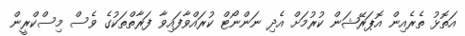
އަތޮޅު ތެރެއިން އޮޕަރޭޝަން ކުރުމަށް އެދި ނަންނޯޓް ކުރައްވާފައިވާ ފަރާތްތަކުގެ ވެސް މިސްކްރީން